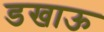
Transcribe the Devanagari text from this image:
डखाऊ